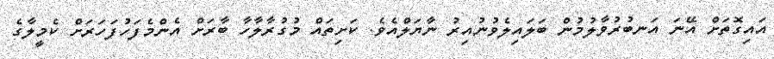
އައިގޮތަށް އޭނަ އަނބުރުވާލުމުން ބަލައިލެވުނުއިރު ނާޔަލްއެވެ. ކަށިތައް މުގުރާލާހާ ބާރަށް އެންމެފަހުފަހަރަށް ކެމީލާގެ